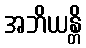
အဘိယန္တိ